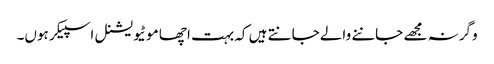
وگرنہ مجھے جاننے والے جانتے ہیں کہ بہت اچھا موٹیویشنل اسپیکر ہوں۔